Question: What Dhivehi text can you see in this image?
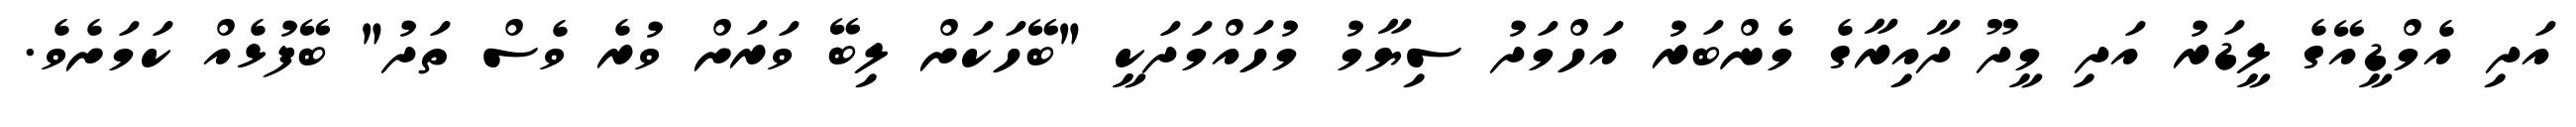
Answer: އަދި އެމްޑީއޭގެ ލީޑަރު އަދި މީދޫ ދާއިރާގެ މެންބަރު އަހްމަދު ސިޔާމު މުހައްމަދަކީ "ބޭހަކަށް ލިބޭ ވަރަށް ވުރެ ވެސް ތަދު" ބޭފުޅެއް ކަމަށެވެ.